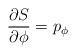
LaTeX: \begin{align*}{\partial S\over\partial\phi}=p_\phi\end{align*}